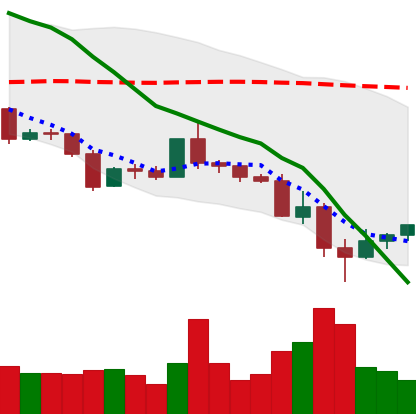
Ticker: ETC-USD
Chart end date: 2022-05-15
Forward return: -8.739%
Label: down_7plus